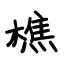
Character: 樵